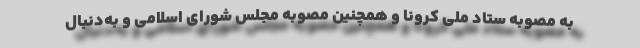
به مصوبه ستاد ملی کرونا و همچنین مصوبه مجلس شورای اسلامی و به‌دنبال